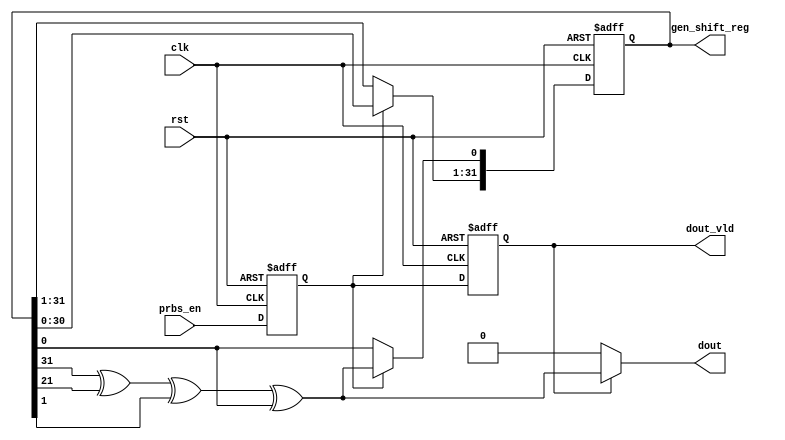
`ifndef _PRBS_GEN
`define _PRBS_GEN

module PRBS_GEN #(
    parameter PRBS_TYPE = 7
    
)(
    input   clk,
    input   rst,
    
    // Inputs
    input   prbs_en,
    
    // Outputs
    output [31:0]   gen_shift_reg,
    output          dout_vld,
    output          dout	
    
);

//--------------------
// Parameters & signals
//--------------------
    reg         PRBS_EN_REG;
    reg         DOUT_VLD_REG;
    reg [31:0]  PRBS_REG;
    reg         XOR_OUT;
    
    wire [2:0]  PRBS_PARAM;
    assign PRBS_PARAM = PRBS_TYPE;
     
//--------------------
// Main
//--------------------

// Delay
    always @ (posedge clk or negedge rst)
        if (!rst)
            PRBS_EN_REG <= 1'b0;
        else
            PRBS_EN_REG <= prbs_en;
            
    always @ (posedge clk or negedge rst)
        if (!rst)
            DOUT_VLD_REG <= 1'b0;
        else
            DOUT_VLD_REG <= PRBS_EN_REG;
    
    always @ (posedge clk or negedge rst)
        if (!rst) begin
            case (PRBS_TYPE)
                3'd0: PRBS_REG <= 32'h7; 		 
                3'd1: PRBS_REG <= 32'h7F; 		
                3'd2: PRBS_REG <= 32'h1FF; 	
                3'd3: PRBS_REG <= 32'h7FF; 
                3'd4: PRBS_REG <= 32'h7FFF; 
                3'd5: PRBS_REG <= 32'h1FFFF; 
                3'd6: PRBS_REG <= 32'h7FFFFF; 
                3'd7: PRBS_REG <= 32'h7FFFFFFF; 
                default: PRBS_REG <= 0;
            endcase
        end else if (PRBS_EN_REG) begin
            PRBS_REG[0] <= XOR_OUT;
            PRBS_REG[31:1] <= PRBS_REG[30:0];
        end
        
    always @ (*) 
        case (PRBS_TYPE)
            3'd0: XOR_OUT = PRBS_REG[2]  ^ PRBS_REG[0]; 
            3'd1: XOR_OUT = PRBS_REG[6]  ^ PRBS_REG[0];  
            3'd2: XOR_OUT = PRBS_REG[8]  ^ PRBS_REG[4]; 
            3'd3: XOR_OUT = PRBS_REG[10] ^ PRBS_REG[8];  
            3'd4: XOR_OUT = PRBS_REG[14] ^ PRBS_REG[0]; 
            3'd5: XOR_OUT = PRBS_REG[16] ^ PRBS_REG[2];  
            3'd6: XOR_OUT = PRBS_REG[22] ^ PRBS_REG[17]; 
            3'd7: XOR_OUT = PRBS_REG[31] ^ PRBS_REG[21] ^ PRBS_REG[1] ^ PRBS_REG[0];
            default: XOR_OUT = 0;
        endcase
    
//--------------------
// Output
//--------------------
    assign gen_shift_reg = PRBS_REG;
    assign dout_vld = DOUT_VLD_REG;
    assign dout = DOUT_VLD_REG ? XOR_OUT : 1'b0;
    
endmodule
`endif // _PRBS_GEN